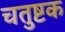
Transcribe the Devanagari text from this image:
चतुष्टक